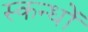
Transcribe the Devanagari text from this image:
स्कन्धों